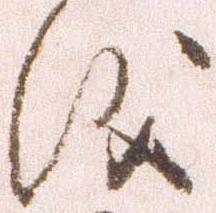
儀